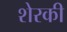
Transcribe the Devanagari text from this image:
शेरकी